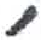
אות: ,